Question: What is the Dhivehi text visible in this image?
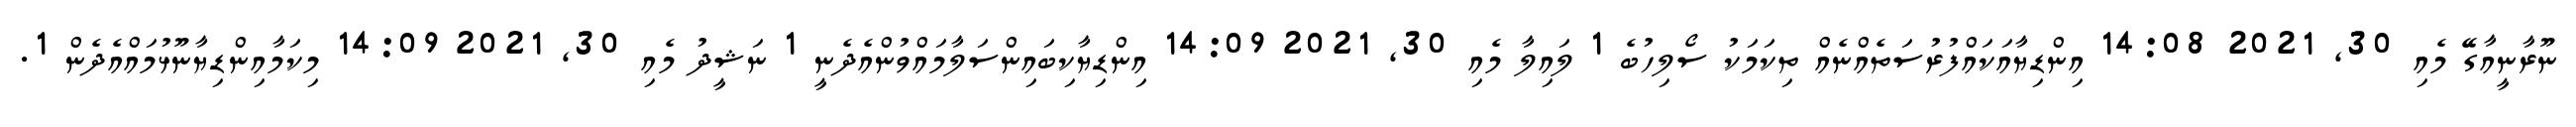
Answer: ނޫރާނީއާގޭ މެއި 30, 2021 14:08 އިންޑިޔާއަކައްފުރުސަތެއްނެއް ތިކަމަކު ސޯލިހުބެ 1 ލައިލާ މެއި 30, 2021 14:09 އިންޑިޔާކިބައިންސަލާމައްވުންއެދެނީ 1 ނަޝީދު މެއި 30, 2021 14:09 މިކަމާއިންޑިޔާނޫޅުމައްއެދެން 1.